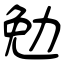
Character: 勉